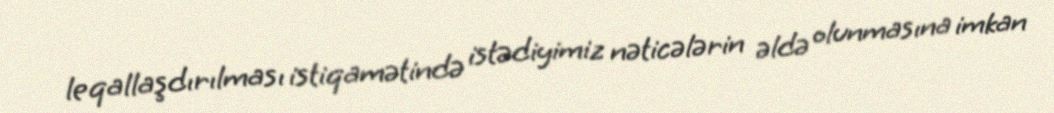
leqallaşdırılması istiqamətində istədiyimiz nəticələrin əldə olunmasına imkan